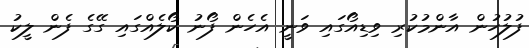
ފުލުހުން އާންމުކުރި ވިޑިއޯގައި ވަނީ އެހެން ފޯނު ކޯލެއްގައި ގޭގެ ފެން ލީކު